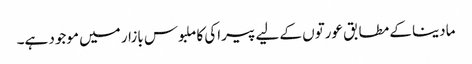
مادینا کے مطابق عورتوں کے لیے پیراکی کا ملبوس بازار میں موجود ہے۔